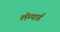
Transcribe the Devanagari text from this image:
लॅम्पार्ड